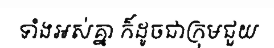
ទាំងអស់គ្នា ក៏ដូចជាក្រុមជួយ